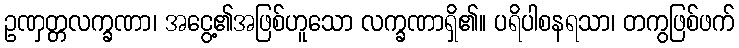
ဥဏှတ္တလက္ခဏာ၊ အငွေ့၏အဖြစ်ဟူသော လက္ခဏာရှိ၏။ ပရိပါစနရသာ၊ တကွဖြစ်ဖက်